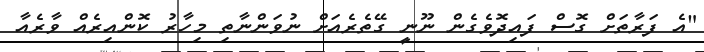
"އެ ފަރާތަށް ގޮސް ފައިދޮވެގެން ނޫނީ ގޭތެރެއަށް ނުވަންނާތި މިހާރު ކޮންއިރެއް ވާރެއާ